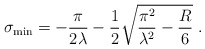
\begin{align*}\sigma_{\rm min} = - \frac{\pi}{2 \lambda} - \frac{1}{2}\sqrt{\frac{\pi^2}{\lambda^2} - \frac{R}{6}}\;.\end{align*}